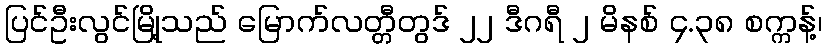
ပြင်ဦးလွင်မြို့သည် မြောက်လတ္တီတွဒ် ၂၂ ဒီဂရီ ၂ မိနစ် ၄.၃၈ စက္ကန့်၊